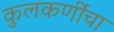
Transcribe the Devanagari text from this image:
कुलकर्णींचा